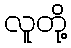
လူတို့